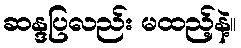
ဆန္ဒပြလည်း မထည့်နဲ့။